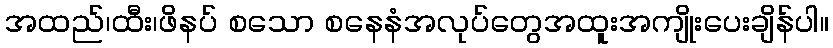
အထည်၊ထီး၊ဖိနပ် စသော စနေနံအလုပ်တွေအထူးအကျိုးပေးချိန်ပါ။